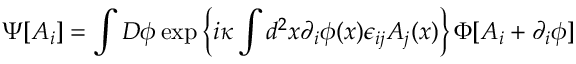
\Psi [ A _ { i } ] = \int D \phi \exp \left\{ i \kappa \int d ^ { 2 } x \partial _ { i } \phi ( x ) \epsilon _ { i j } A _ { j } ( x ) \right\} \Phi [ A _ { i } + \partial _ { i } \phi ]